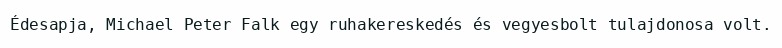
Édesapja, Michael Peter Falk egy ruhakereskedés és vegyesbolt tulajdonosa volt.